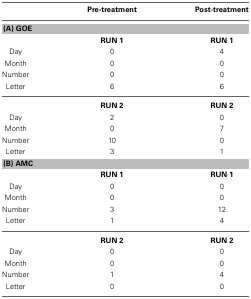
<table><thead><tr><td></td><td><b>Pre-treatment</b></td><td><b>Post-treatment</b></td></tr></thead><tbody><tr><td colspan="3"><b>(A) GOE</b></td></tr><tr><td></td><td><b>RUN 1</b></td><td><b>RUN 1</b></td></tr><tr><td>Day</td><td>0</td><td>4</td></tr><tr><td>Month</td><td>0</td><td>0</td></tr><tr><td>Number</td><td>0</td><td>0</td></tr><tr><td>Letter</td><td>6</td><td>6</td></tr><tr><td></td><td><b>RUN 2</b></td><td><b>RUN 2</b></td></tr><tr><td>Day</td><td>2</td><td>0</td></tr><tr><td>Month</td><td>0</td><td>7</td></tr><tr><td>Number</td><td>10</td><td>0</td></tr><tr><td>Letter</td><td>3</td><td>1</td></tr><tr><td colspan="3"><b>(B) AMC</b></td></tr><tr><td></td><td><b>RUN 1</b></td><td><b>RUN 1</b></td></tr><tr><td>Day</td><td>0</td><td>0</td></tr><tr><td>Month</td><td>0</td><td>0</td></tr><tr><td>Number</td><td>3</td><td>12</td></tr><tr><td>Letter</td><td>1</td><td>4</td></tr><tr><td></td><td><b>RUN 2</b></td><td><b>RUN 2</b></td></tr><tr><td>Day</td><td>0</td><td>0</td></tr><tr><td>Month</td><td>0</td><td>0</td></tr><tr><td>Number</td><td>1</td><td>4</td></tr><tr><td>Letter</td><td>0</td><td>0</td></tr></tbody></table>